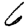
Digit: 6